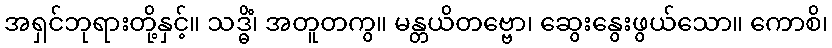
အရှင်ဘုရားတို့နှင့်။ သဒ္ဓိံ၊ အတူတကွ။ မန္တယိတဗ္ဗော၊ ဆွေးနွေးဖွယ်သော။ ကောစိ၊